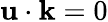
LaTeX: {\mathbf u}\cdot{\mathbf k}=0